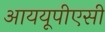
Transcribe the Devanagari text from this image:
आययूपीएसी